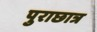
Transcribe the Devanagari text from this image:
पुराछात्र